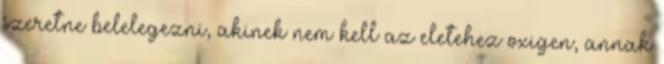
szeretne belelegezni, akinek nem kell az eletehez oxigen, annak